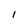
Character: l